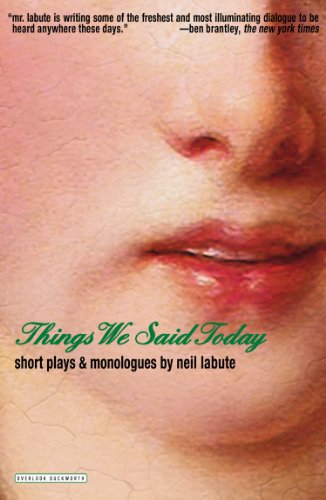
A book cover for Things We Said Today: Short Plays and Monologues; Neil LaBute; Humor & Entertainment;